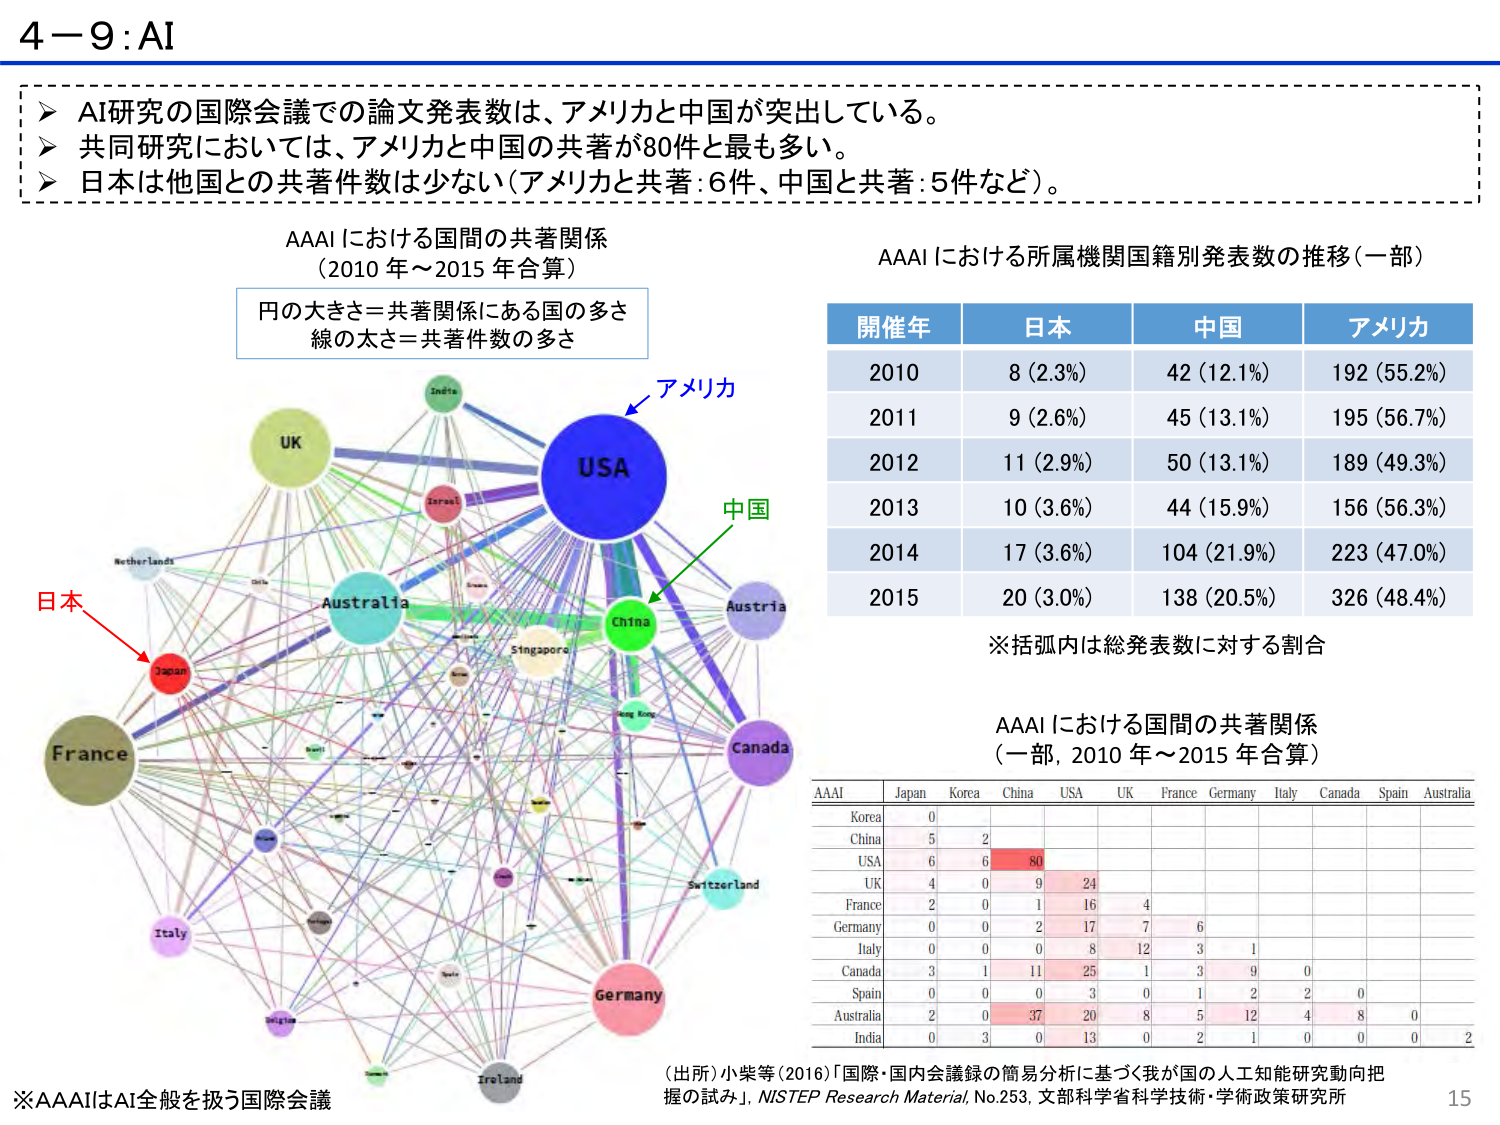
4－9 : AI

➤ AI研究の国際会議での論文発表数は、アメリカと中国が突出している。
➤ 共同研究においては、アメリカと中国の共著が80件と最も多い。
➤ 日本は他国との共著件数は少ない（アメリカと共著：6件、中国と共著：5件など）。

AAAIにおける国間の共著関係
（2010年～2015年合算）

円の大きさ＝共著関係にある国の多さ
線の太さ＝共著件数の多さ

アメリカ
中国
日本

USA
China
Japan
UK
Australia
Canada
Germany
France
Italy
Switzerland
Singapore
Hong Kong
India
Israel
Netherlands
Belgium
Ireland
Austria

AAAIにおける所属機関国籍別発表数の推移（一部）

開催年 日本 中国 アメリカ
2010 8 (2.3%) 42 (12.1%) 192 (55.2%)
2011 9 (2.6%) 45 (13.1%) 195 (56.7%)
2012 11 (2.9%) 50 (13.1%) 189 (49.3%)
2013 10 (3.6%) 44 (15.9%) 156 (56.3%)
2014 17 (3.6%) 104 (21.9%) 223 (47.0%)
2015 20 (3.0%) 138 (20.5%) 326 (48.4%)

※括弧内は総発表数に対する割合

AAAIにおける国間の共著関係
（一部，2010年～2015年合算）

AAAI Japan Korea China USA UK France Germany Italy Canada Spain Australia
Korea 0
China 5 2
USA 6 6 80
UK 4 0 9 24
France 2 0 1 16 4
Germany 0 0 2 17 7 6
Italy 0 0 0 8 12 3 1
Canada 3 1 11 25 1 3 9 0
Spain 0 0 0 3 0 1 2 2 0
Australia 2 0 37 20 8 5 12 4 8 0
India 0 3 0 13 0 2 1 0 0 0 2

※AAAIはAI全般を扱う国際会議

（出所）小柴等（2016）「国際・国内会議録の簡易分析に基づく我が国の人工知能研究動向把握の試み」，NISTEP Research Material, No.253, 文部科学省科学技術・学術政策研究所

15